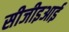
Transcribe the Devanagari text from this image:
सीजीइआई